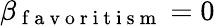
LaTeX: \beta_{\mathrm{~f~a~v~o~r~i~t~i~s~m~}}=0